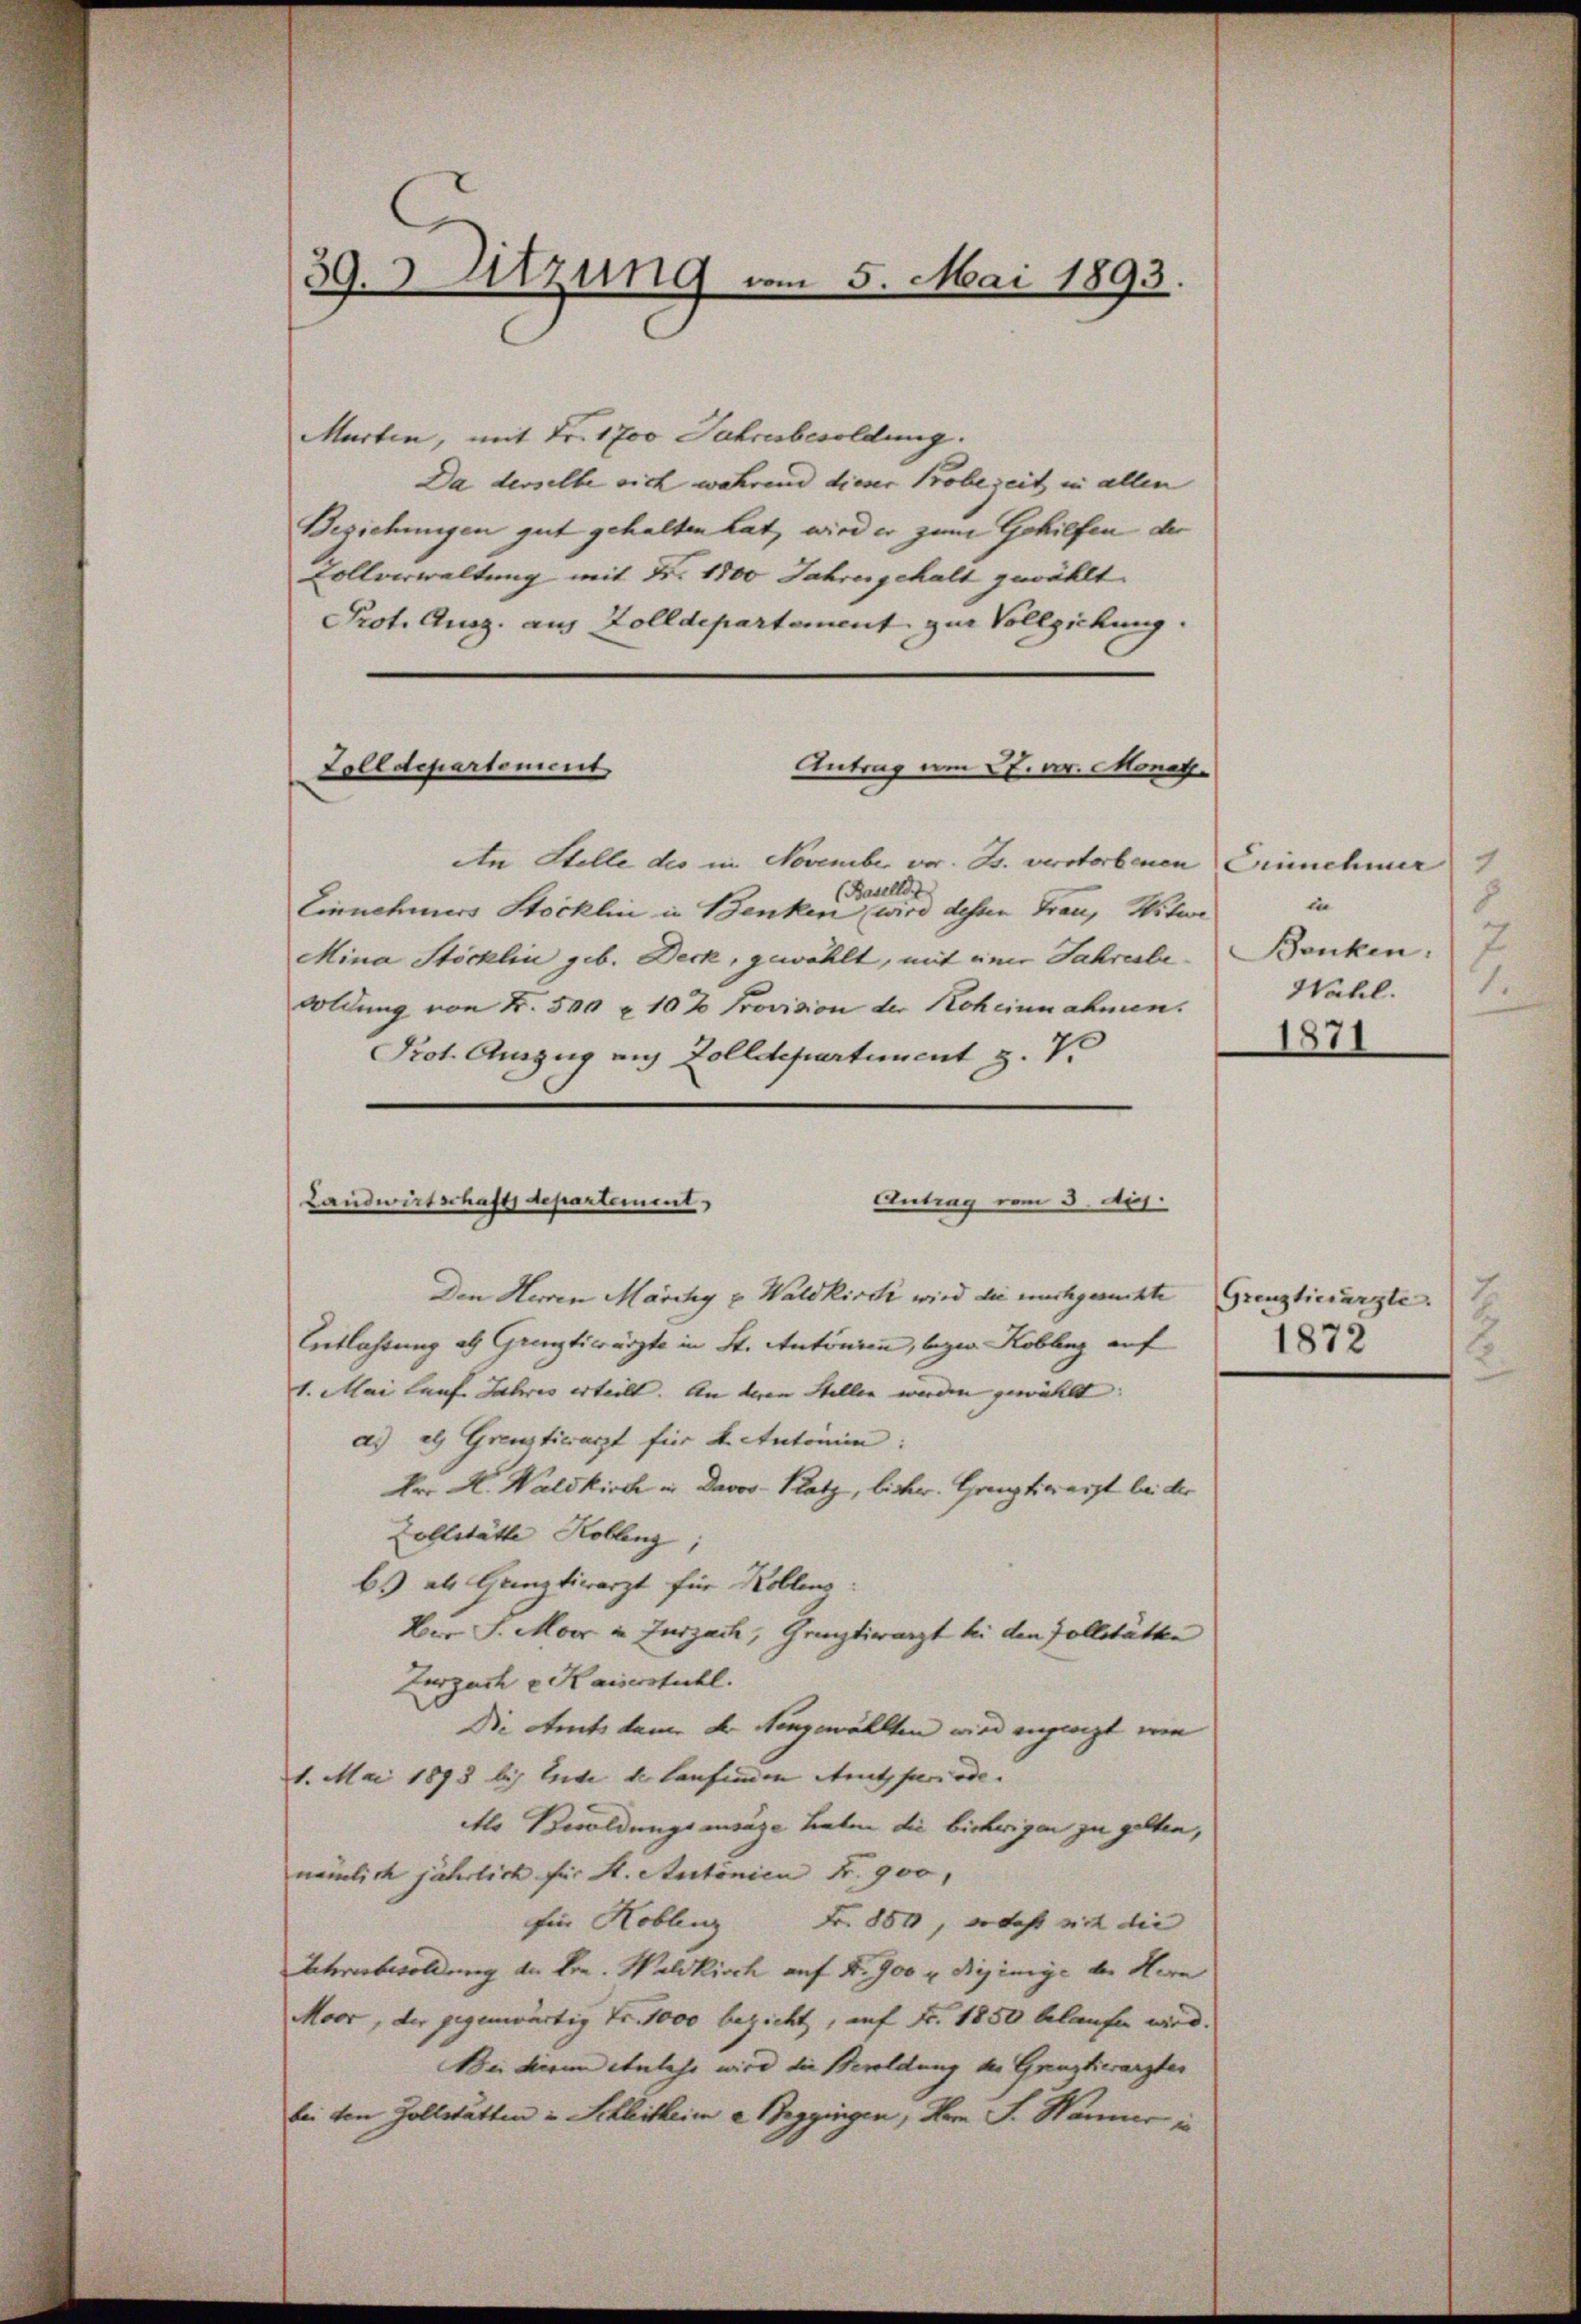
39. Sitzung vom 5. Mai 1893.

Marten, mit Fr. 1700 Jahresbesoldung.
Da derselbe sich während diese Probezeit in allen
Beziehungen gut gehalten hat, wird er zum Gehilfen der
Collverwaltung mit Nr. 1800 Jahrengehalt gewählt
Prot. Aug. aus Zolldepartement zur Vollziehung.
Antrag am 27. pr. Monat.
An Stelle des in November vor. Js. verstorbenen
(Basellst
Einnehmers Stocklin in Benken wird dessen Frau, Witwe
Mina Stöcklin geb. Deck, gewählt, mit eine Jahresbesoldung von K. 500 x 10 % Provision der Roheinnahmen.
Prot. Auszug auf Zolldepartement z. 7.
Antrag vom 3. Apr.
Den Herren Marchy u. Waldkirch wird die nachgesuchte
Entlassung als Grenztierärzte in St. Antonien, legen Kobling auf
1. Mai lauf Jahres erteilt. An deren Stellen werden gewählt:
ad als Grenztierarzt für Aetntomie:
Der K. Waldkirch in Davos-Klatz, bisher. Ganzt weit bei der
Zollstätte Koblenz
bs als Ganztiwarzt für Kollens:
Ver J. Moor u. Zurzach, Gemptirarzt bei den Zollstätten
Zurzach v. Kaiserstuhl.
Die Art kam der Neugewählten wird angeeigt wie
1. Mai 1893 bis leite der laufenden Amtsperiode.
Ale Besoldungsansage haben die bisherigen zu gelten,
nämlich jährlich für St. Autonien K. 900,
für Koblenz Fr. 880, so das mit die
Ateriebwoldung an Hrn. Waldkisch auf d. 900 x Byjimye der Hern
Moor, der gegenwärtig Fr. 1000 bezicht, auf Fr. 1850 belaufen wird.
Die diesen Anlass wird die Beroldung der Grenztierarzter
bei den Zollstätten u Schleitheim a Seggingen, Hrn J. Hammer in

Zolldepartement,

Landwirtschaft Separtement

1
Einnehmer
8
in
7
Banken:
1.
Wahl.
1871

7.
Grenztierärzte.
1872
2